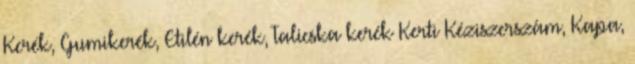
Kerék, Gumikerék, Etilén kerék, Talicska kerék Kerti Kéziszerszám, Kapa,